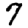
Digit: 7